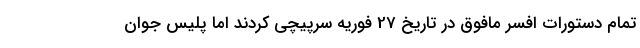
تمام دستورات افسر مافوق در تاریخ 27 فوریه سرپیچی کردند اما پلیس جوان